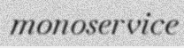
monoservice